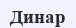
Динар